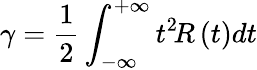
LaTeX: \gamma=\frac{1}{2}\int_{-\infty}^{+\infty}t^{2}\! R\left(t\right){dt}